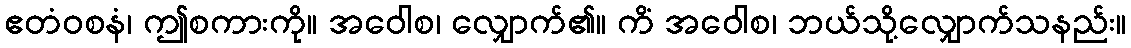
ဧတံဝစနံ၊ ဤစကားကို။ အဝေါစ၊ လျှောက်၏။ ကိံ အဝေါစ၊ ဘယ်သို့လျှောက်သနည်း။